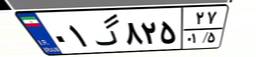
۰۴گ۵۶۹۹۹